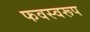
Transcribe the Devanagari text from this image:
फवस्वरूप